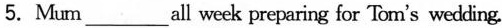
5. Mum___all week preparing for Tom's wedding.